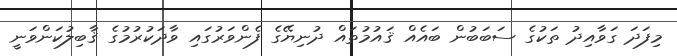
މިފަދަ ގަވާއިދު ތަކުގެ ސަބަބުން ބައެއް ޤައުމުތައް ދުނިޔޭގެ ފެންވަރުގައި ވާދަކުރުމުގެ ޤާބިލުކަންވަނީ